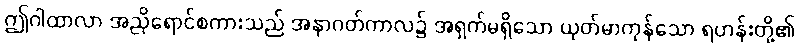
ဤဂါထာလာ အညိုရောင်စကားသည် အနာဂတ်ကာလ၌ အရှက်မရှိသော ယုတ်မာကုန်သော ရဟန်းတို့၏